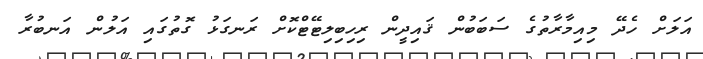
އަލަށް ހެދޭ މިއިމާރާތުގެ ސަބަބުން ޤައިދީން ރިހިބިލިޓޭޓްކޮށް ރަނގަޅު ގޮތުގައި އަލުން އަނބުރާ